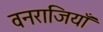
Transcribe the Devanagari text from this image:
वनराजियाँ